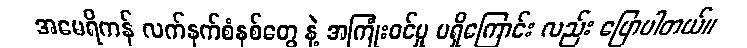
အမေရိကန် လက်နက်စံနစ်တွေ နဲ့ အကြုံးဝင်မှု မရှိကြောင်း လည်း ပြောပါတယ်။